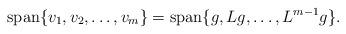
LaTeX: \begin{align*}\mbox{span}\{v_1 , v_2, \ldots, v_m \}= \mbox{span}\{g , Lg, \ldots, L^{m-1}g \} .\end{align*}